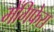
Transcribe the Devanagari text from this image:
मेंगिफेरा